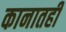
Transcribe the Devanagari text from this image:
कानातही